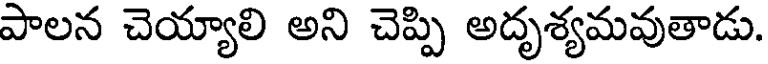
పాలన చెయ్యాలి అని చెప్పి అదృశ్యమవుతాడు.